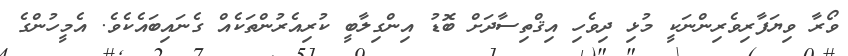
ވޯރާ ވިޔަފާރިވެރިންނަކީ މުޅި ދިވެހި އިޤްތިސާދަށް ބޮޑު އިންގިލާބީ ކުރިއެރުންތަކެއް ގެނައިބައެކެވެ. އެމީހުންގެ